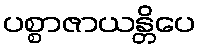
ပစ္စာဇာယန္တိပေ